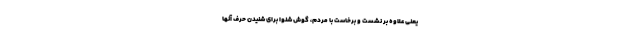
یعنی علاوه بر نشست و برخاست با مردم، گوش شنوا برای شنیدن حرف آنها